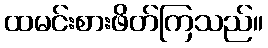
ထမင်းစားဖိတ်ကြသည်။